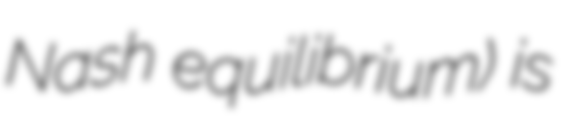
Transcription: Nash equilibrium) is